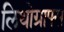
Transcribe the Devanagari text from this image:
लिथोग्राफ्स